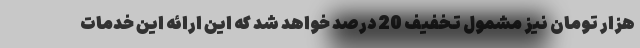
هزار تومان نیز مشمول تخفیف 20 درصد خواهد شد که این ارائه این خدمات